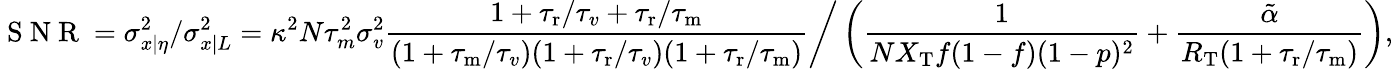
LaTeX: \mathrm{~S~N~R~}=\sigma_{x|\eta}^{2}/\sigma_{x|L}^{2}=\kappa^{2}N\tau_{m}^{2}\sigma_{v}^{2}\frac{1+{\tau_{\mathrm{r}}}/{\tau_{v}}+{\tau_{\mathrm{r}}}/{\tau_{\mathrm{m}}}}{(1+{\tau_{\mathrm{m}}}/{\tau_{v}})(1+{\tau_{\mathrm{r}}}/\tau_{v})(1+{\tau_{\mathrm{r}}}/{\tau_{\mathrm{m}}})}\bigg/\left(\frac{1}{NX_{\mathrm{T}}f(1-f)(1-p)^{2}}+\frac{\tilde{\alpha}}{R_{\mathrm{T}}(1+{\tau_{\mathrm{r}}}/{\tau_{\mathrm{m}}})}\right),